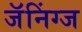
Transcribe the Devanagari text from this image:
जॅनिंग्ज